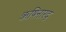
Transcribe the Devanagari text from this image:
ऋषिनारद